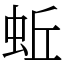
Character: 蚯